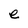
Character: e